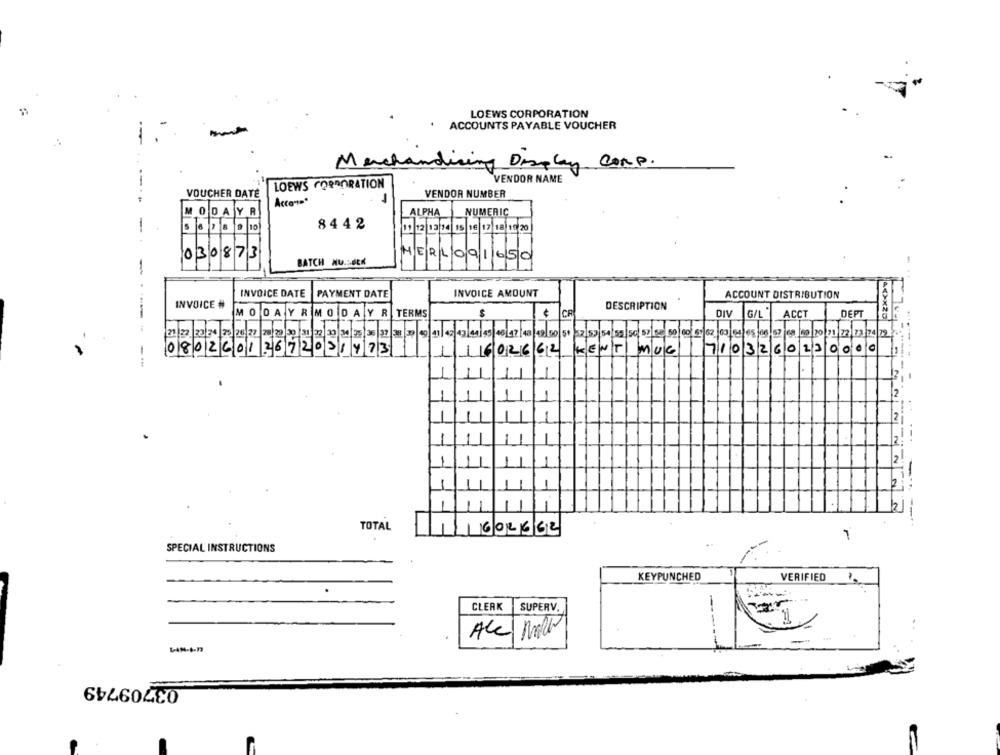
LOEWS CORPORATION
ACCOUNTS PAYABLE VOUCHER
Mer
my Display Corp.
--
VENDOR NAME
LOEWS CORPORATION
VOUCHER DATE
-
VENDOR NUMBER
MODAYR
ALPHA
NUMERIC
A
10
8442
-
11 12 13 14 15 16 17 18 15 20
030873
MERLO91650
BATCH NU.SEEK
-.
INVOICE DATE
PAYMENT DATE
INVOICE AMOUNT
ACCOUNT DISTRIBUTION
INVOICE #
DESCRIPTION
----
MODAYRMODAYR
DIV
G/L
ACCT
DEPT
21 22 23 24 75 26 27 28 29 30 31 32 30 34 35 36 37 38 39 49 4
62
68 69 70 71 72
73 74 22
1602662 KENT
710326
08026012672031473
MUG
.-.
TOTAL
1602662
1
SPECIAL INSTRUCTIONS
KEYPUNCHED
VERIFIED
CLERK
SUPERV.
=
ALL MATH
----
03709749